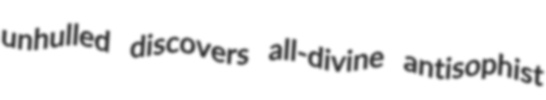
unhulled discovers all-divine antisophist